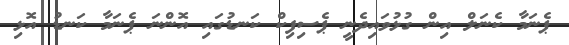
ޕެނަމާ ކެނަލް އިން ގުޅުވައިދެނީ ޕެސިފިކް ކަނޑުގައި އޮންނަ ޕެނަމާ ކަނޑު އޮޅި